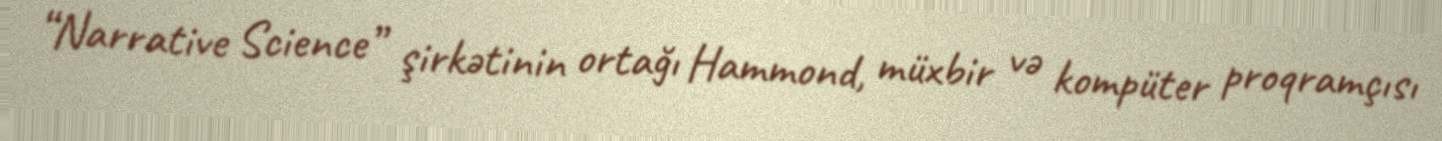
“Narrative Science” şirkətinin ortağı Hammond, müxbir və kompüter proqramçısı